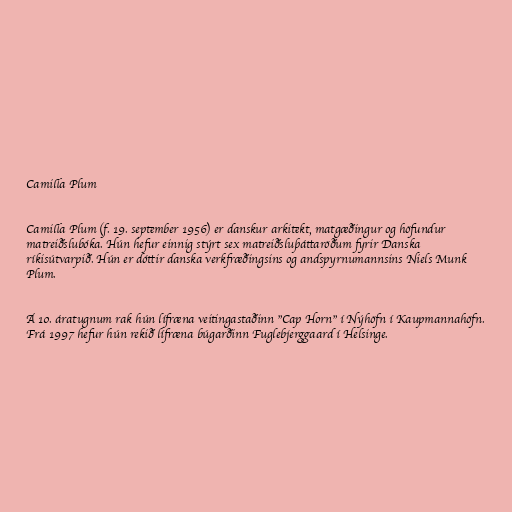
Camilla Plum

Camilla Plum (f. 19. september 1956) er danskur arkitekt, matgæðingur og höfundur
matreiðslubóka. Hún hefur einnig stýrt sex matreiðsluþáttaröðum fyrir Danska
ríkisútvarpið. Hún er dóttir danska verkfræðingsins og andspyrnumannsins Niels Munk
Plum.

Á 10. áratugnum rak hún lífræna veitingastaðinn "Cap Horn" í Nýhöfn í Kaupmannahöfn.
Frá 1997 hefur hún rekið lífræna búgarðinn Fuglebjerggaard í Helsinge.